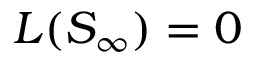
L ( S _ { \infty } ) = 0